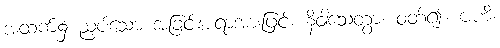
အထက်၌ ညှပ်သော အခြင်းအရာအားဖြင့်။ နိဝါသေတွာ၊ ဝတ်၍။ ဗဟိ၊